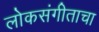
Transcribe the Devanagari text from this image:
लोकसंगीताचा